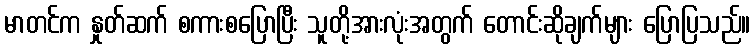
မာတင်က နှုတ်ဆက် စကားစပြောပြီး သူတို့အားလုံးအတွက် တောင်းဆိုချက်များ ပြောပြသည်။